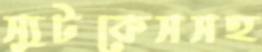
স্যুটকেসসহ